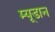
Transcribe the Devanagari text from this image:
म्यूडान